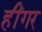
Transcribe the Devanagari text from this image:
हींगर